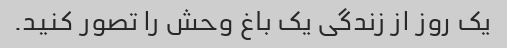
یک روز از زندگی یک باغ وحش را تصور کنید.